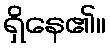
ရှိနေ၏။